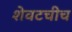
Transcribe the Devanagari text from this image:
शेवटचीच